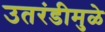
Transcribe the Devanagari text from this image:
उतरंडीमुळे